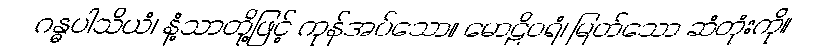
ဂန္ဓပါသိယံ၊ နံ့သာတို့ဖြင့် ကုန်အပ်သော။ မောဠိဝရံ၊ မြတ်သော ဆံတုံးကို။